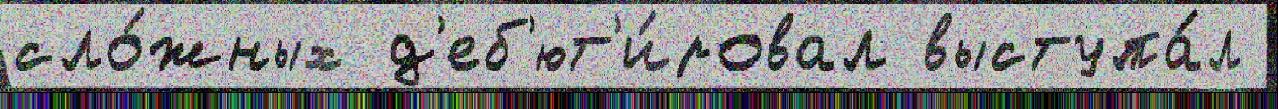
сло́жных д'еб'ют'и́ровал выступа́л